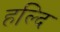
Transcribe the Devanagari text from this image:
हल्दि